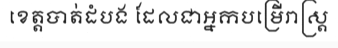
ខេត្តបាត់ដំបង ដែលជាអ្នកបម្រើរាស្ត្រ